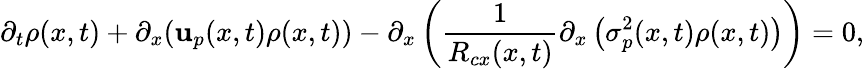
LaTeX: \partial_{t}\rho(x,t)+\partial_{x}(\mathbf{u}_{p}(x,t)\rho(x,t))-\partial_{x}\left(\frac{{1}}{{R_{cx}(x,t)}}\partial_{x}\left(\sigma_{p}^{2}(x,t)\rho(x,t)\right)\right)=0,